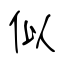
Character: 似